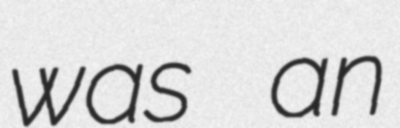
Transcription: was an